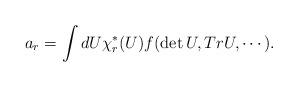
LaTeX: \begin{align*}a_r = \int dU \chi_r^* (U) f (\det U, Tr U, \cdots).\end{align*}